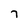
Character: 7